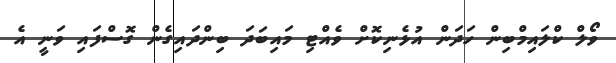
ވޯލް ކްލައިމްބިން ހަދަން އުޅެނިކޮށް ވެއްޓި މައިބަދަ ބިންދައިގެން ގޮސްފައި ވަނީ އެ